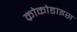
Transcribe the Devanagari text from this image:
क्रोकोडाइस